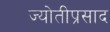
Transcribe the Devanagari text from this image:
ज्योतीप्रसाद